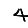
Digit: 4